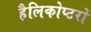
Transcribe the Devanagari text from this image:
हैलिकोप्‍टरों